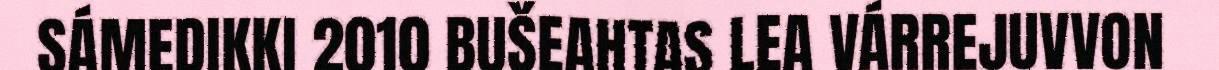
SÁMEDIKKI 2010 BUŠEAHTAS LEA VÁRREJUVVON